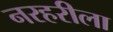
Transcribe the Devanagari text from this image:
नरहरीला